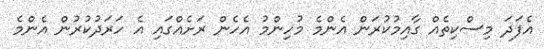
އެފަދަ މިސްކިތެއް ގާއިމުކުރަން އެންމެ މުހިންމު އެހެން ރަށެއްގައި އެ ހަރަދުކުރުން އެންމެ